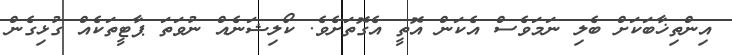
އިންތިޚާބަކަށް ބެލި ނަމަވެސް އެކަން އޮތީ އެގޮތަށެވެ. ކޯލިޝަނެއް ނުވަތަ ޕާޓީތަކެއް ގުޅިގެން